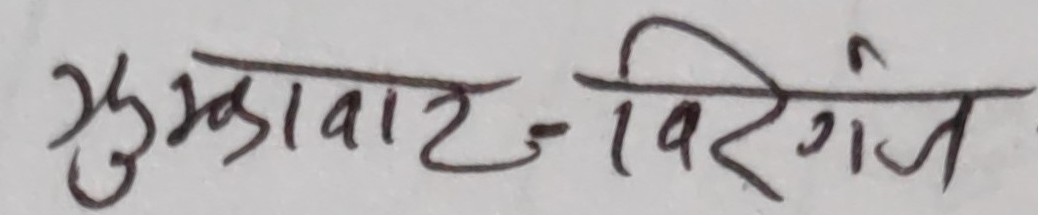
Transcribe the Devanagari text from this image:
मुसकाघाट-विरगन्ज